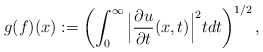
\begin{align*}g(f)(x):=\left(\int_0^\infty \Big|\frac{\partial u}{\partial t}(x,t)\Big|^2tdt\right)^{1/2},\end{align*}